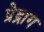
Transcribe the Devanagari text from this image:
प्रेद्राग